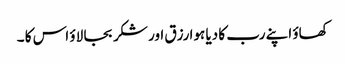
کھاؤ اپنے رب کا دیا ہوا رزق اور شکر بجا لاؤ اس کا ۔